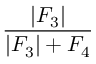
\frac { \left| F _ { 3 } \right| } { \left| F _ { 3 } \right| + F _ { 4 } }